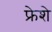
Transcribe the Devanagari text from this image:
फ्रेशे